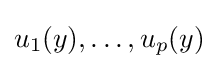
u_{1}(y),\ldots ,u_{p}(y)